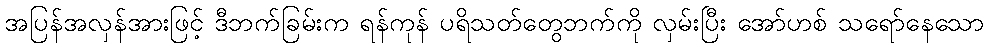
အပြန်အလှန်အားဖြင့် ဒီဘက်ခြမ်းက ရန်ကုန် ပရိသတ်တွေဘက်ကို လှမ်းပြီး အော်ဟစ် သရော်နေသော